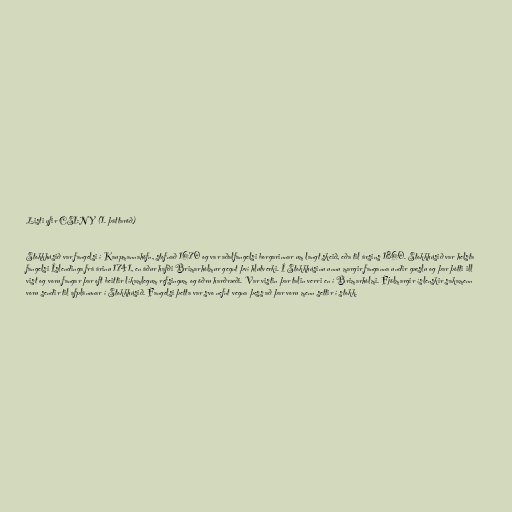
Listi yfir CSI:NY (1. þáttaröð)

Stokkhúsið var fangelsi í Kaupmannahöfn, stofnað 1670 og var aðalfangelsi borgarinnar um langt skeið, eða til ársins 1860. Stokkhúsið var helsta
fangelsi Íslendinga frá árinu 1741, en áður hafði Brimarhólmur gegnt því hlutverki. Í Stokkhúsinu unnu margir fanganna undir gæslu og þar þótti ill
vist og voru fangar þar oft beittir líkamlegum refsingum og öðru harðræði. Var vistin þar talin verri en í Brimarhólmi. Fjölmargir íslenskir sakamenn
voru sendir til afplánunar í Stokkhúsið. Fangelsi þetta var svo nefnt vegna þess að þar voru menn settir í stokk.